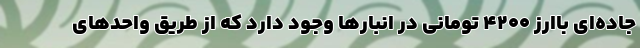
جاده‌ای باارز ۴۲۰۰ تومانی در انبار‌ها وجود دارد که از طریق واحد‌های